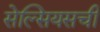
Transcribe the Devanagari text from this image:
सेल्सियसची